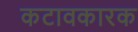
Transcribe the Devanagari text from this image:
कटावकारक